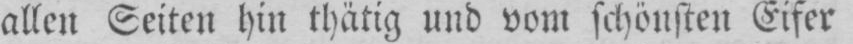
allen Seiten hin thätig und vom schönsten Eifer